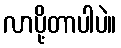
လာပို့တာပါပဲ။